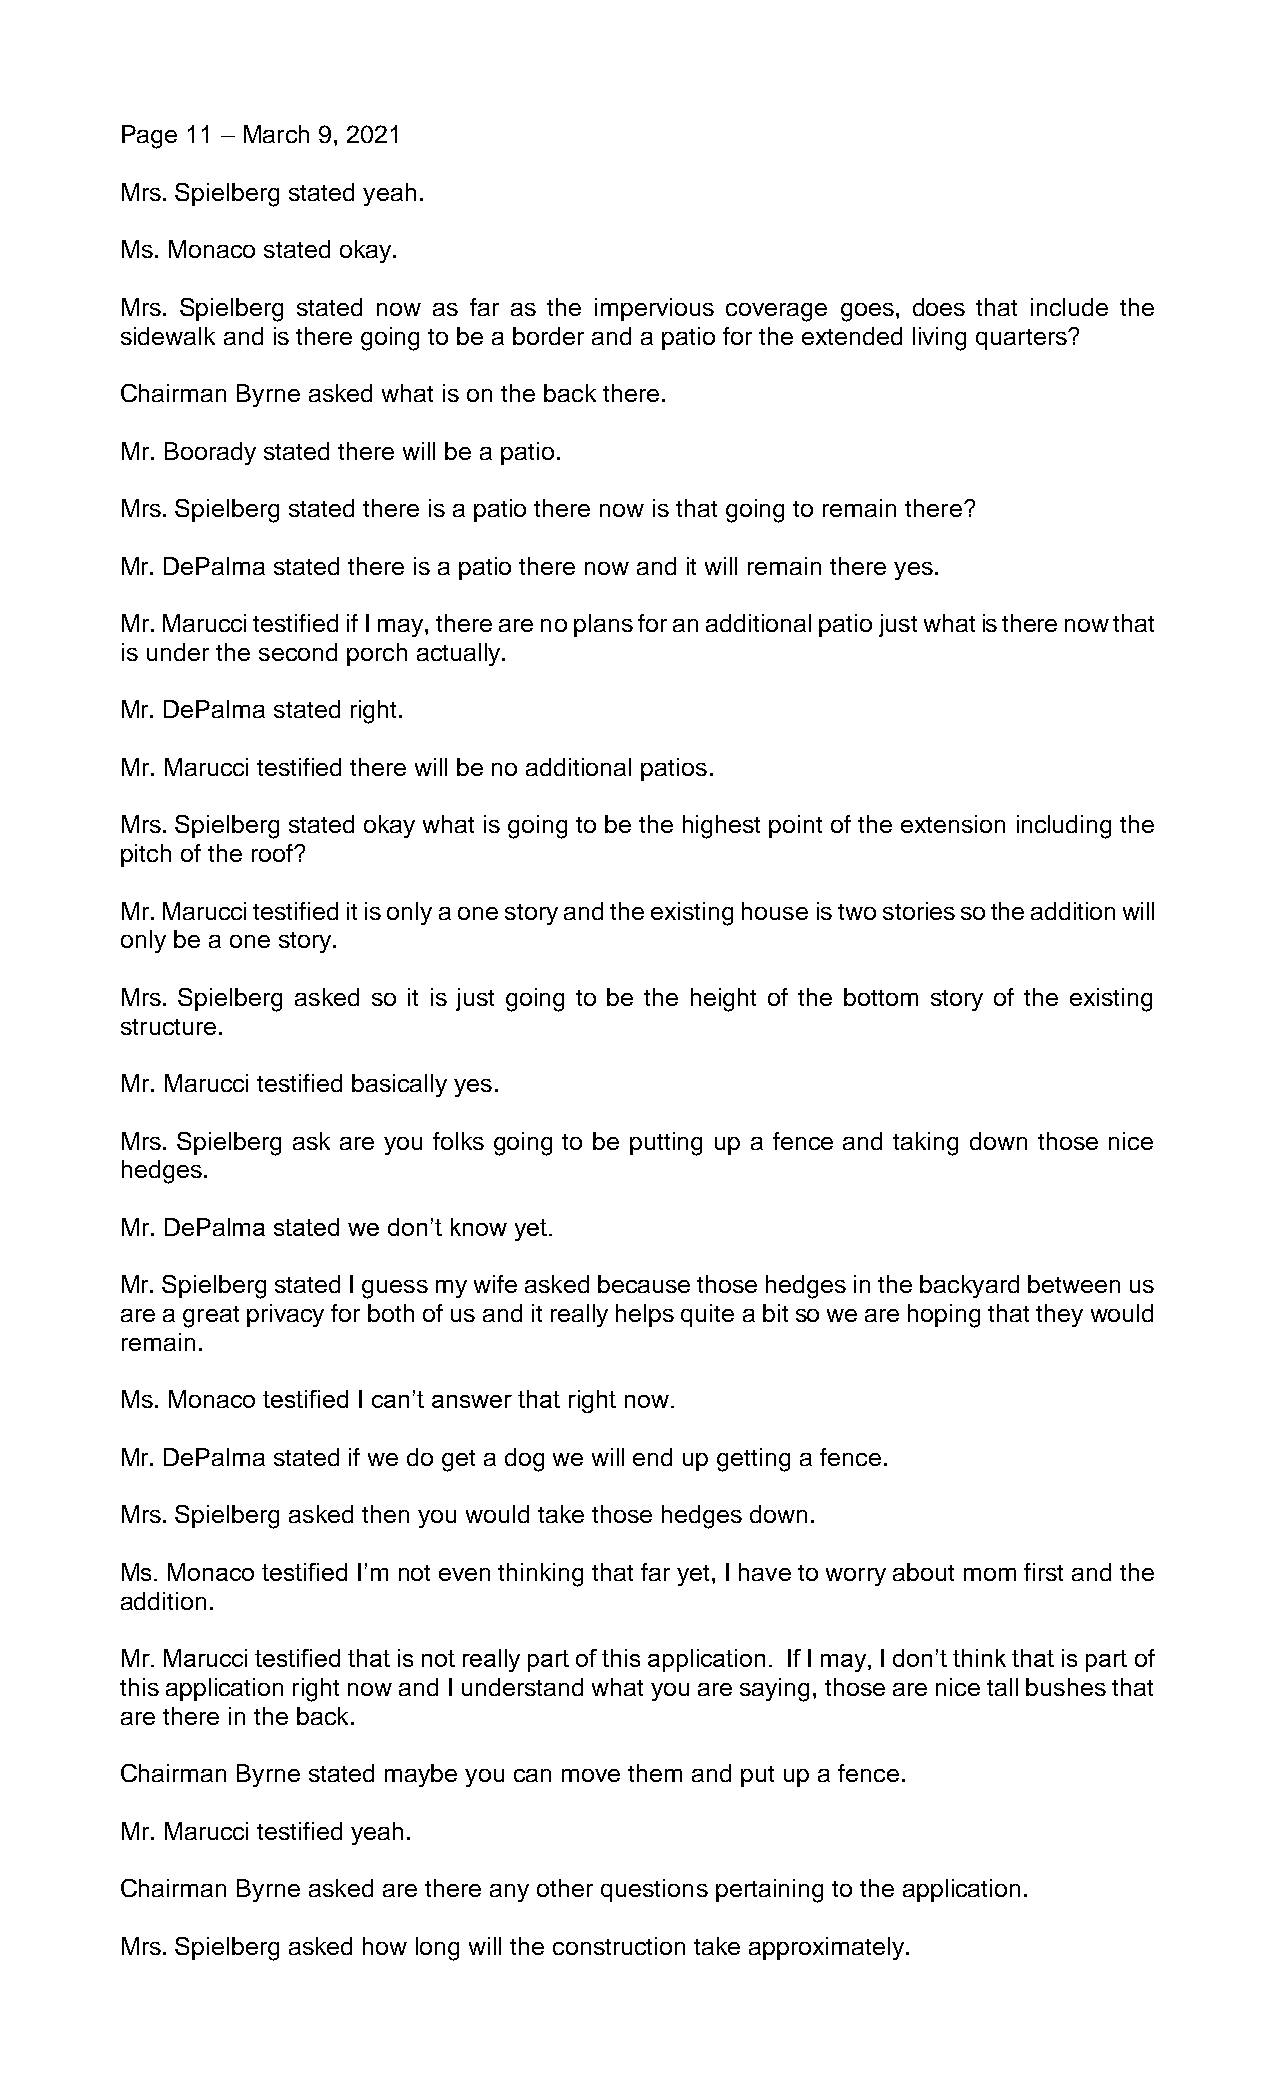
Page 11 – March 9, 2021
 Mrs. Spielberg stated yeah.
 Ms. Monaco stated okay.
 Mrs. Spielberg stated now as far as the impervious coverage goes, does that include the
 sidewalk and is there going to be a border and a patio for the extended living quarters?
 Chairman Byrne asked what is on the back there.
 Mr. Boorady stated there will be a patio.
 Mrs. Spielberg stated there is a patio there now is that going to remain there?
 Mr. DePalma stated there is a patio there now and it will remain there yes.
 Mr. Marucci testified if I may, there are no plans for an additional patio just what is there now that
 is under the second porch actually.
 Mr. DePalma stated right.
 Mr. Marucci testified there will be no additional patios.
 Mrs. Spielberg stated okay what is going to be the highest point of the extension including the
 pitch of the roof?
 Mr. Marucci testified it is only a one story and the existing house is two stories so the addition will
 only be a one story.
 Mrs. Spielberg asked so it is just going to be the height of the bottom story of the existing
 structure.
 Mr. Marucci testified basically yes.
 Mrs. Spielberg ask are you folks going to be putting up a fence and taking down those nice
 hedges.
 Mr. DePalma stated we don’t know yet.
 Mr. Spielberg stated I guess my wife asked because those hedges in the backyard between us
 are a great privacy for both of us and it really helps quite a bit so we are hoping that they would
 remain.
 Ms. Monaco testified I can’t answer that right now.
 Mr. DePalma stated if we do get a dog we will end up getting a fence.
 Mrs. Spielberg asked then you would take those hedges down.
 Ms. Monaco testified I’m not even thinking that far yet, I have to worry about mom first and the
 addition.
 Mr. Marucci testified that is not really part of this application. If I may, I don’t think that is part of
 this application right now and I understand what you are saying, those are nice tall bushes that
 are there in the back.
 Chairman Byrne stated maybe you can move them and put up a fence.
 Mr. Marucci testified yeah.
 Chairman Byrne asked are there any other questions pertaining to the application.
 Mrs. Spielberg asked how long will the construction take approximately.